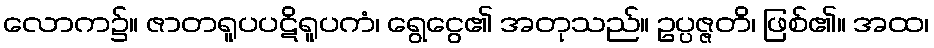
လောက၌။ ဇာတရူပပဋိရူပကံ၊ ရွေငွေ၏ အတုသည်။ ဥပ္ပဇ္ဇတိ၊ ဖြစ်၏။ အထ၊